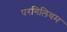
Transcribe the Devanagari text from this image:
परगिलियम